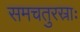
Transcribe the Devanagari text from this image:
समचतुरस्राः